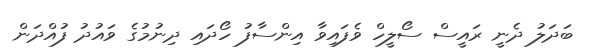
ބަދަލު ދެނީ ރައީސް ސޯލީހް ވެފައިވާ އިންސާފު ހޯދައި ދިނުމުގެ ވައުދު ފުއްދަން